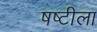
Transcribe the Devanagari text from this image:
षष्टीला